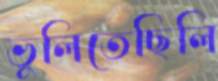
ভুলিতেছিলি